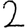
Digit: 2